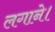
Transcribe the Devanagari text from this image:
लगाने।